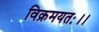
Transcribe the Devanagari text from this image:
विक्रमयतः।।